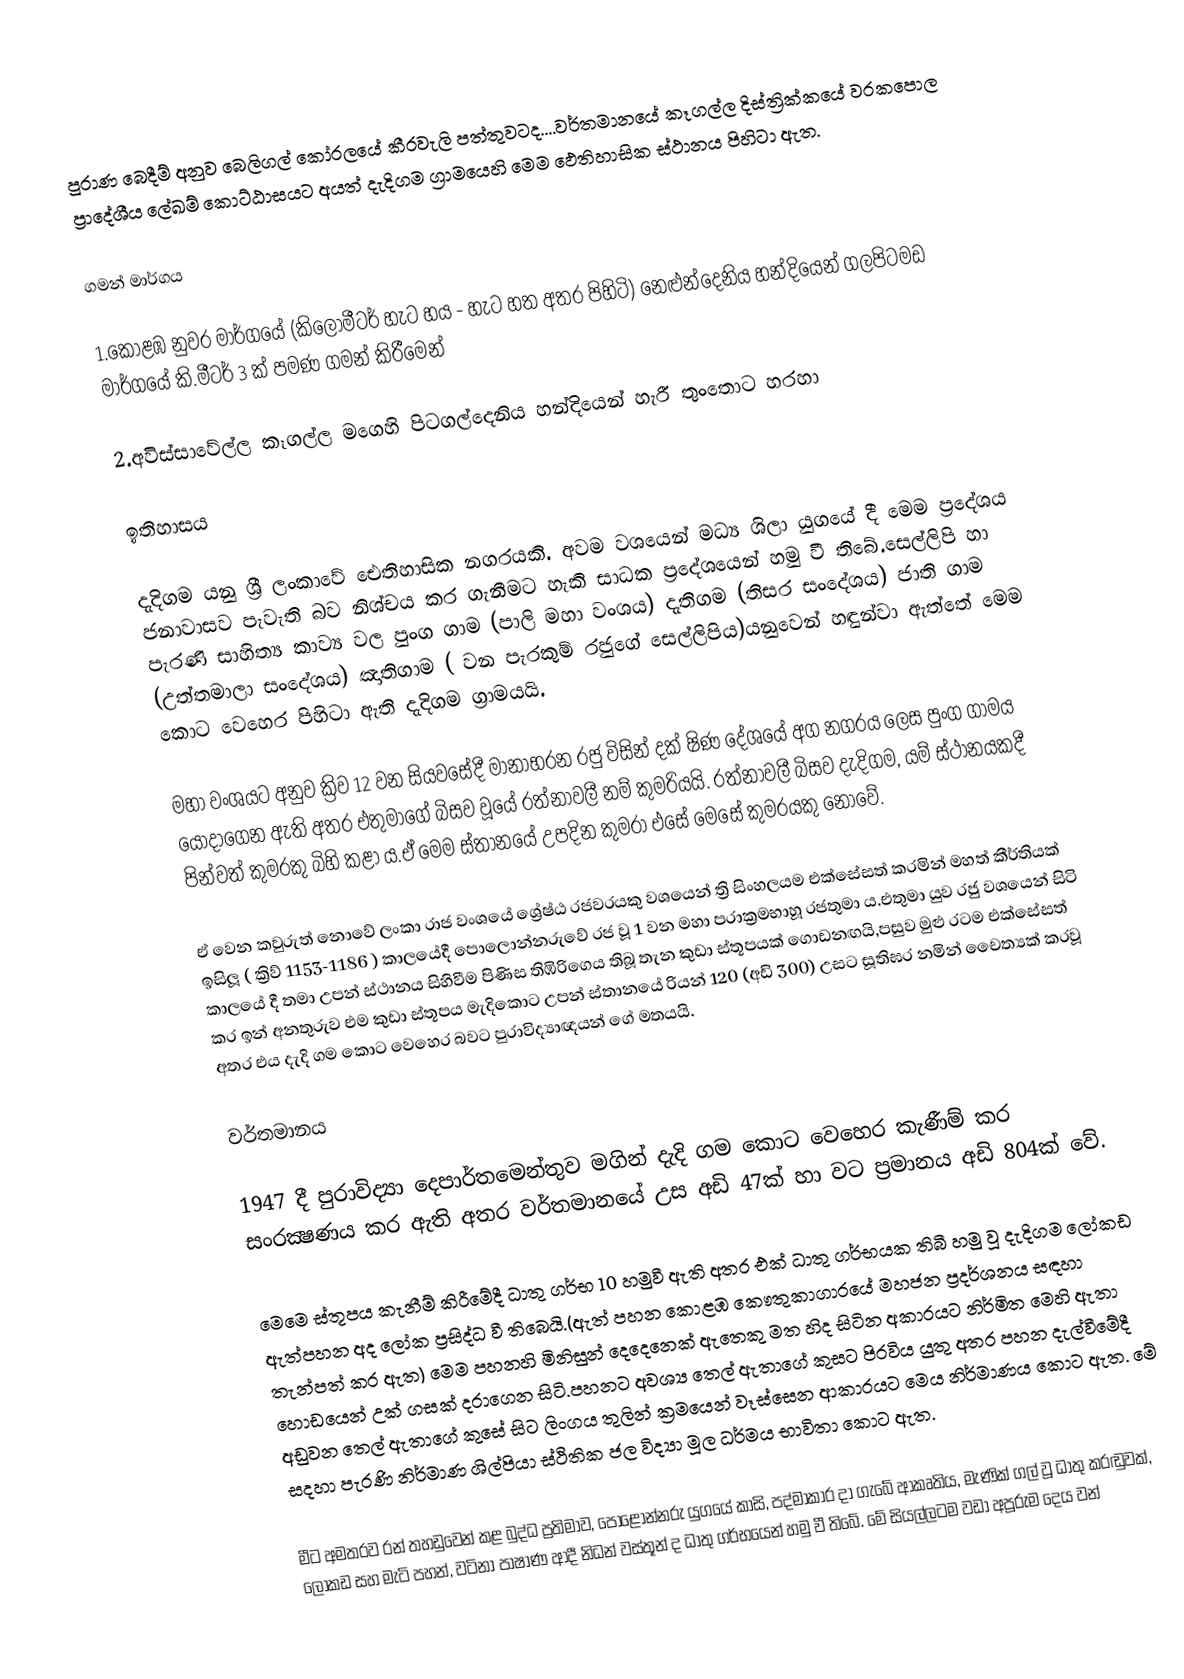
පුරාණ බෙදීම් අනුව බෙලිගල් කෝරලයේ කීරවැලි පත්තුවටද....වර්තමානයේ කෑගල්ල දිස්ත්‍රික්කයේ වරකපොල ප්‍රාදේශීය ලේඛම් කොට්ඨාසයට අයත් දැදිගම ග්‍රාමයෙහි මෙම ඵෙතිහාසික ස්ථානය පිහිටා ඇත​.

ගමන් මාර්ගය

1.කොළඹ නුවර මාර්ගයේ (කිලෝමීටර් හැට හය - හැට හත අතර පිහිටි) නෙළුන්දෙනිය හන්දියෙන් ගලපිටමඩ මාර්ගයේ කි.මීටර් 3 ක් පමණ ගමන් කිරීමෙන්

2.අවිස්සාවේල්ල කෑගල්ල මගෙහි පිටගල්දෙනිය හන්දියෙන් හැරී තුංතොට හරහා

ඉතිහාසය​

දැදිගම යනු ශ්‍රී ලංකාවේ ඓතිහාසික නගරයකි. අවම වශයෙන් මධ්‍ය ශිලා යුගයේ දී මෙම ප්‍රදේශය ජනාවාසව පැවැති බව නිශ්චය කර ගැනීමට හැකි සාධක ප්‍රදේශයෙන් හමු වී තිබේ.සෙල්ලිපි හා පැරණි සාහිත්‍ය කාව්‍ය වල පුංග ගාම (පාලි මහා වංශය​)  දැතිගම (තිසර සංදේශය​) ජාති ගාම (උත්තමාලා සංදේශය​) ඤාතිගාම ( වන පැරකුම් රජුගේ සෙල්ලිපිය​)යනුවෙන් හඳුන්වා ඇත්තේ මෙම කොට වෙහෙර පිහිටා ඇති දැදිගම ග්‍රාමයයි.

මහා වංශයට අනුව ක්‍රිව 12 වන සියවසේදී මානාභරන රජු විසින් දක්‍ ෂිණ දේශයේ අග නගරය ලෙස පුංග ගාමය යොදාගෙන ඇති අතර එතුමාගේ බිසව වූයේ රත්නාවලී නම් කුමරියයි. රත්නාවලී බිසව දැදිගම, යම් ස්ථානයකදී පින්වත් කුමරකු බිහි කළා ය.ඒ මෙම ස්තානයේ උපදින කුමරා එසේ මෙසේ කුමරයකු නොවේ.

ඒ වෙන කවුරුත් නොවේ ලංකා රාජ වංශයේ ශ්‍රේෂ්ඨ රජවරයකු වශයෙන් ත්‍රි සිංහලයම එක්සේසත් කරමින් මහත් කීර්තියක් ඉසිලූ ( ක්‍රිව් 1153-1186 ) කාලයේදී පොලොන්නරුවේ රජ වූ 1 වන මහා පරාක්‍රමභාහූ රජතුමා ය​.එතුමා යුව රජු වශයෙන් සිටි කාලයේ දී තමා උපන් ස්ථානය සිහිවීම පිණිස තිඹිරිගෙය තිබූ තැන කුඩා ස්තූපයක් ගොඩනඟයි,පසුව මුළු රටම එක්සේසත් කර ඉන් අනතුරුව එම කුඩා ස්තූපය මැදිකොට උපන් ස්තානයේ  රියන් 120 (අඩි 300) උසට සූතිඝර නමින් චෛත්‍යක් කරවූ අතර එය දැදි ගම කොට වෙහෙර බවට පුරාවිද්‍යාඥයන් ගේ මතයයි.

වර්තමානය​

1947 දී පුරාවිද්‍යා දෙපාර්තමෙන්තුව මගින් දැදි ගම කොට වෙහෙර කැණීම් කර සංරක්‍ෂණය කර ඇති අතර වර්තමානයේ උස අඩි 47ක් හා වට ප්‍රමානය අඩි 804ක් වේ.

මෙමෙ ස්තූපය කැනීම් කිරීමේදී ධාතු ගර්භ 10  හමුවී ඇති අතර එක් ධාතු ගර්භයක තිබී හමු වූ දැදිගම ලෝකඩ ඇත්පහන අද ලෝක ප්‍රසිද්ධ වී තිබෙයි.(ඇත් පහන කොළඹ කෞතුකාගාරයේ මහජන ප්‍රදර්ශනය සඳහා තැන්පත් කර ඇත) මෙම පහනහි මිනිසුන් දෙදෙනෙක් ඇතෙකු මත හිද සිටින අකාරයට නිර්මිත මෙහි ඇතා හොඩයෙන් උක් ගසක් දරාගෙන සිටි.පහනට අවශ්‍ය තෙල් ඇතාගේ කුසට පිරවිය යුතු අතර පහන දැල්වීමේදී අඩුවන තෙල් ඇතාගේ කුසේ සිට ලිංගය තුලින් ක්‍රමයෙන් වෑස්සෙන ආකාරයට මෙය නිර්මාණය කොට ඇත. මේ සදහා පැරණි නිර්මාණ ශිල්පියා ස්ථිතික ජල විද්‍යා මූල ධර්මය භාවිතා කොට ඇත.

මීට අමතරව​ රන් තහඩුවෙන් කළ බුද්ධ ප්‍රතිමාව, පොළොන්නරු යුගයේ කාසි, පද්මාකාර දා ගැබේ ආකෘතිය, මැණික් ගල් වූ ධාතු කරඬුවක්, ලෝකඩ සහ මැටි පහන්, වටිනා පාෂාණ ආදී නිධන් වස්තූන් ද ධාතු ගර්භයෙන් හමු වී තිබේ. මේ සියල්ලටම වඩා අපූරුම දෙය වන්